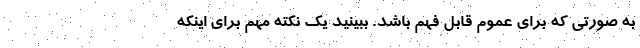
به صورتی که برای عموم قابل فهم باشد. ببینید یک نکته مهم برای اینکه